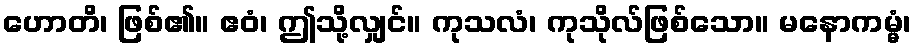
ဟောတိ၊ ဖြစ်၏။ ဧဝံ၊ ဤသို့လျှင်။ ကုသလံ၊ ကုသိုလ်ဖြစ်သော။ မနောကမ္မံ၊